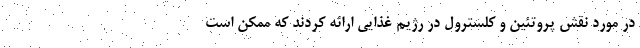
در مورد نقش پروتئین و کلسترول در رژیم غذایی ارائه کردند که ممکن است